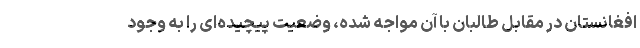
افغانستان در مقابل طالبان با آن مواجه شده، وضعیت پیچیده‌ای را به وجود